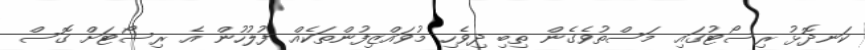
ކަނދޮޅު ރިސޯޓުގައި މަސްތުވެގެން ތިބި ދިވެހި މުވައްޒިފުންތަކެއް ފުލުހުން އެ ރިސޯޓަށް ގޮސް